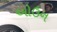
ઓઉન